Report of the Indian Hemp Drugs Commission, 1894-1895 - Volume IV
Year: 1894
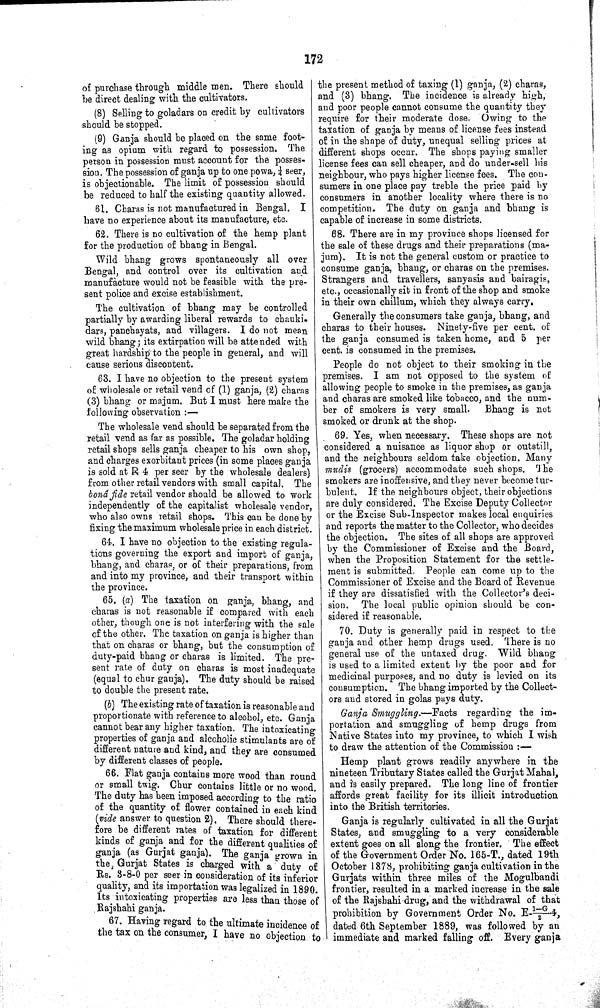
172
of purchase through middle men. There should
be direct dealing with the cultivators.
(8) Selling to goladars on credit by cultivators
should be stopped.
(9) Ganja should be placed on the same foot¬
ing as opium with regard to possession. The
person in possession must account for the posses¬
sion. The possession of ganja up to one powa, ¼ seer,
is objectionable. The limit of possession should
be reduced to half the existing quantity allowed.
61. Charas is not manufactured in Bengal. I
have no experience about its manufacture, etc.
62. There is no cultivation of the hemp plant
for the production of bhang in Bengal.
Wild bhang grows spontaneously all over
Bengal, and control over its cultivation and
manufacture would not be feasible with the pre¬
sent police and excise establishment.
The cultivation of bhang may be controlled
partially by awarding liberal rewards to chauki-
dars, panchayats, and villagers. I do not mean
wild bhang; its extirpation will be attended with
great hardship to the people in general, and will
cause serious discontent.
63. I have no objection to the present system
of wholesale or retail vend of (1) ganja, (2) charas
(3) bhang or majum. But I must here make the
following observation:—
The wholesale vend should be separated from the
retail vend as far as possible. The goladar holding
retail shops sells ganja cheaper to his own shop,
and charges exorbitant prices (in some places ganja
is sold at R 4 per seer by the wholesale dealers)
from other retail vendors with small capital. The
bonâ fide retail vendor should be allowed to work
independently of the capitalist wholesale vendor,
who also owns retail shops. This can be done by
fixing the maximum wholesale price in each district.
64. I have no objection to the existing regula¬
tions governing the export and import of ganja,
bhang, and charas, or of their preparations, from
and into my province, and their transport within
the province.
65. (a) The taxation on ganja, bhang, and
charas is not reasonable if compared with each
other, though one is not interfering with the sale
of the other. The taxation on ganja is higher than
that on charas or bhang, but the consumption of
duty-paid bhang or charas is limited. The pre¬
sent rate of duty on charas is most inadequate
(equal to chur ganja). The duty should be raised
to double the present rate.
(b) The existing rate of taxation is reasonable and
proportionate with reference to alcohol, etc. Ganja
cannot bear any higher taxation. The intoxicating
properties of ganja and alcoholic stimulants are of
different nature and kind, and they are consumed
by different classes of people.
66. Flat ganja contains more wood than round
or small twig. Chur contains little or no wood.
The duty has been imposed according to the ratio
of the quantity of flower contained in each kind
(vide answer to question 2). There should there-
fore be different rates of taxation for different
kinds of ganja and for the different qualities of
ganja (as Gurjat ganja). The ganja grown in
the Gurjat States is charged with a duty of
Rs. 3-8-0 per seer in consideration of its inferior
quality, and its importation was legalized in 1890.
Its intoxicating properties are less than those of
Rajshahi ganja.
67. Having regard to the ultimate incidence of
the tax on the consumer, I have no objection to
the present method of taxing (1) ganja, (2) charas,
and (3) bhang. The incidence is already high,
and poor people cannot consume the quantity they
require for their moderate dose. Owing to the
taxation of ganja by means of license fees instead
of in the shape of duty, unequal selling prices at
different shops occur. The shops paying smaller
license fees can sell cheaper, and do under-sell his
neighbour, who pays higher license fees. The con-
sumers in one place pay treble the price paid by
consumers in another locality where there is no
competition. The duty on ganja and bhang is
capable of increase in some districts.
68. There are in my province shops licensed for
the sale of these drugs and their preparations (ma-
jum). It is not the general custom or practice to
consume ganja, bhang, or charas on the premises.
Strangers and travellers, sanyasis and bairagis,
etc., occasionally sit in front of the shop and smoke
in their own chillum, which they always carry.
Generally the consumers take ganja, bhang, and
charas to their houses. Ninety-five per cent. of
the ganja consumed is taken home, and 5 per
cent. is consumed in the premises.
People do not object to their smoking in the
premises. I am not opposed to the system of
allowing people to smoke in the premises, as ganja
and charas are smoked like tobacco, and the num¬
ber of smokers is very small. Bhang is not
smoked or drunk at the shop.
69. Yes, when necessary. These shops are not
considered a nuisance as liquor shop or outstill,
and the neighbours seldom take objection. Many
mudis (grocers) accommodate such shops. The
smokers are inoffensive, and they never become tur¬
bulent. If the neighbours object, their objections
are duly considered. The Excise Deputy Collector
or the Excise Sub-Inspector makes local enquiries
and reports the matter to the Collector, who decides
the objection. The sites of all shops are approved
by the Commissioner of Excise and the Board,
when the Proposition Statement for the settle¬
ment is submitted. People can come up to the
Commissioner of Excise and the Board of Revenue
if they are dissatisfied with the Collector's deci¬
sion. The local public opinion should be con¬
sidered if reasonable.
70. Duty is generally paid in respect to the
ganja and other hemp drugs used. There is no
general use of the untaxed drug. Wild bhang
is used to a limited extent by the poor and for
medicinal purposes, and no duty is levied on its
consumption. The bhang imported by the Collect¬
ors and stored in golas pays duty.
Ganja Smuggling.—Facts regarding the im¬
portation and smuggling of hemp drugs from
Native States into my province, to which I wish
to draw the attention of the Commission:—
Hemp plant grows readily anywhere in the
nineteen Tributary States called the Gurjat Mahal,
and is easily prepared. The long line of frontier
affords great facility for its illicit introduction
into the British territories.
Ganja is regularly cultivated in all the Gurjat
States, and smuggling to a very considerable
extent goes on all along the frontier. The effect
of the Government Order No. 165-T., dated 19th
October 1878, prohibiting ganja cultivation in the
Gurjats within three miles of the Mogulbandi
frontier, resulted in a marked increase in the sale
of the Rajshahi drug, and the withdrawal of that
prohibition by Government Order No. E-1-G/2.4,
dated 6th September 1889, was followed by an
immediate and marked falling off. Every ganja